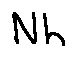
N h